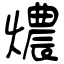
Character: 燶